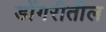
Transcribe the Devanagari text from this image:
डोंगरीतील